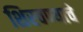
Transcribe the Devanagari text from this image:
शिरवण्याचे